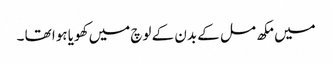
میں مکھ مل کے بدن کے لوچ میں کھویا ہوا تھا ۔